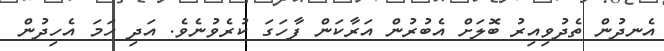
އެނދުން ތެދުވިއިރު ބޮލަށް އެބުރުން އަރާކަން ފާހަގަ ކުރެވުނެވެ. އަދި ހަމަ އެހިދުން